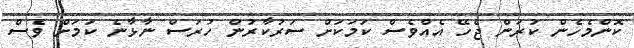
ކޮންމެހެން ކުރަން ޖެހޭ އެއްވެސް ކަމަކަށް ސަރުކާރުން ހުރަސް ނާޅާނެ ކަމަށް ވެސް